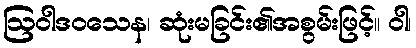
ဩဝါဒဝသေန၊ ဆုံးမခြင်း၏အစွမ်းဖြင့်။ ဝါ၊